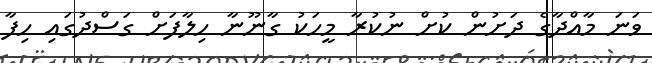
ވަނަ މާއްދާގެ ދަށުން ކުށް ނުކުރާ މީހަކު ގާނޫނާ ހިލާފަށް ގަސްދުގައި ހިފާ